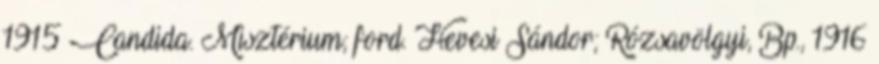
1915 Candida. Misztérium; ford. Hevesi Sándor; Rózsavölgyi, Bp., 1916